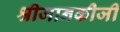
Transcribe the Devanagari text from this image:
श्रीजानकीजी